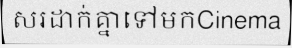
សរដាក់គ្នាទៅមកCinema